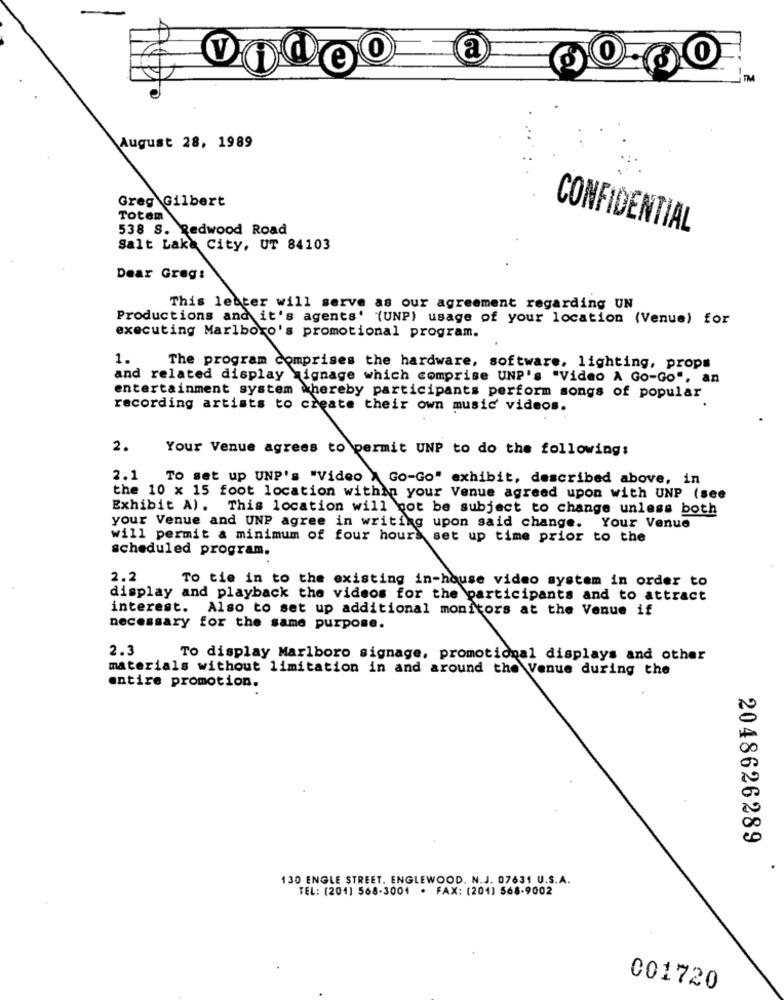
a
V
e
August 28, 1989
Greg Gilbert
Totem
538 S. Redwood Road
CONFIDENTIAL
Salt Lake City, UT 84103
Dear Greg:
This letter will serve as our agreement regarding UN
Productions and it's agents' "(UNP) usage of your location (Venue) for
executing Marlboro's promotional program.
1.
The program comprises the hardware, software, lighting, props
and related display =ignage which comprise UNP's "Video A Go-Go", an
entertainment system whereby participants perform songs of popular
recording artists to create their own music videos.
2.
Your Venue agrees to permit UNP to do the following:
2.1
To set up UNP's "Video > Go-Go" exhibit, described above, in
the 10 x 15 foot location within your Venue agreed upon with UNP (see
Exhibit A). This location will not be subject to change unless both
your Venue and UNP agree in writing upon said change. Your Venue
will permit a minimum of four hours set up time prior to the
scheduled program.
2.2
To tie in to the existing in-house video system in order to
display and playback the videos for the participants and to attract
interest. Also to set up additional monitors at the Venue if
necessary for the same purpose.
2.3
To display Marlboro signage, promotional displays and other
materials without limitation in and around the Venue during the
entire promotion.
2048626289
130 ENGLE STREET. ENGLEWOOD. N.J. 07631 U.S.A.
TEL: (201) 568-3001 · FAX: (201) 568-9002
001720